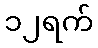
၁၂ရက်